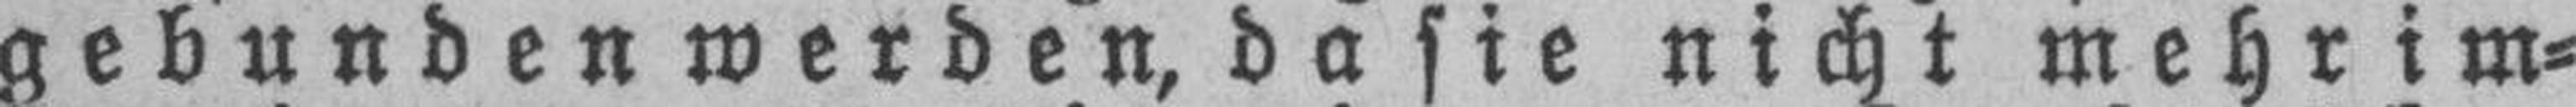
gebunden werden, da sie nicht mehr im¬